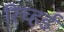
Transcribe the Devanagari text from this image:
रिच्हर्ड